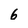
Character: 6